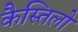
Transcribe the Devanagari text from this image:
कैस्तिलो